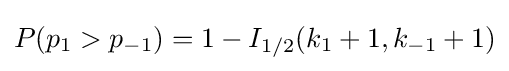
P(p_{1}>p_{-1})=1-I_{1/2}(k_{1}+1,k_{-1}+1)